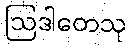
ဩဒါတေသု